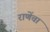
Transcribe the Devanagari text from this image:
राणेंचा